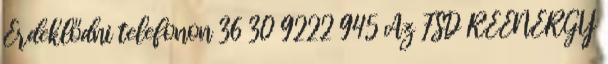
Érdeklődni telefonon 36 30 9222 945 Az FSD REENERGY